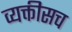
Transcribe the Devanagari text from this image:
व्यक्तीसच